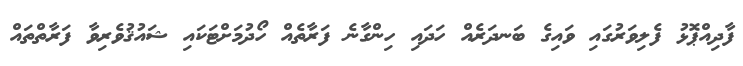
ފާދިއްޕޮޅު ފެލިވަރުގައި ވައިގެ ބަނދަރެއް ހަދައި ހިންގާނެ ފަރާތެއް ހޯދުމަށްޓަކައި ޝައުޤުވެރިވާ ފަރާތްތައް